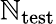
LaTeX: \mathbb{N}_{\mathrm{{test}}}